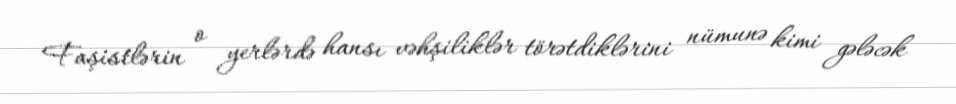
Faşistlərin o yerlərdə hansı vəhşiliklər törətdiklərini nümunə kimi gələcək